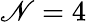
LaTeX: \mathscr{N}=4